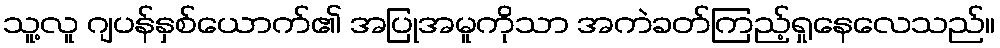
သူ့လူ ဂျပန်နှစ်ယောက်၏ အပြုအမူကိုသာ အကဲခတ်ကြည့်ရှုနေလေသည်။